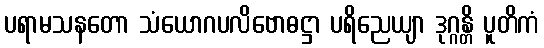
ပရာမသနတော သံယောဂပလိဗောဓဋ္ဌာ ပရိညေယျာ ဒုဂ္ဂန္တိ ပူတိကံ